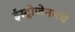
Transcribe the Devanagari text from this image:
ईस्ट्रोजेनमधे